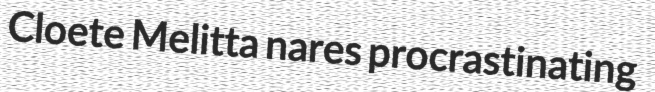
Cloete Melitta nares procrastinating